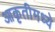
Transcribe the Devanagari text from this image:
आकृतीमध्ये